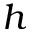
h